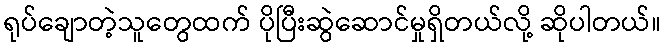
ရုပ်ချောတဲ့သူတွေထက် ပိုပြီးဆွဲဆောင်မှုရှိတယ်လို့ ဆိုပါတယ်။